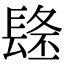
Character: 𨲐